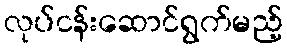
လုပ်ငန်းဆောင်ရွက်မည့်